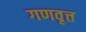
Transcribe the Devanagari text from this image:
गणवृत्त